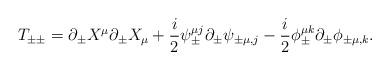
LaTeX: \begin{align*}T_{\pm\pm}=\partial_{\pm}X^{\mu}\partial_{\pm}X_{\mu}+\frac{i}{ 2}{\psi}^{\mu j}_{\pm}\partial_{\pm} \psi_{\pm\mu,j }- \frac{i}{2}{\phi}_{\pm}^{\mu k}\partial_{\pm}\phi_{\pm\mu,k}.\end{align*}